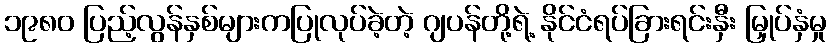
၁၉၈၀ ပြည့်လွန်နှစ်များကပြုလုပ်ခဲ့တဲ့ ဂျပန်တို့ရဲ့ နိုင်ငံရပ်ခြားရင်းနှီး မြှုပ်နှံမှု